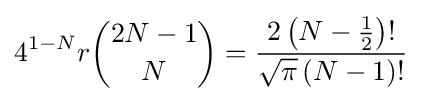
4^{1-N}r{\binom {2N-1}{N}}={\frac {2\left(N-{\frac {1}{2}}\right)!}{{\sqrt {\pi }}\left(N-1\right)!}}